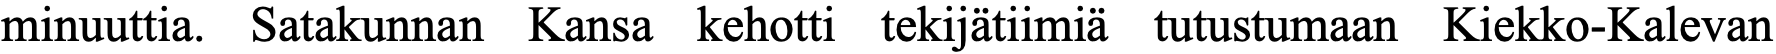
minuuttia. Satakunnan Kansa kehotti tekijätiimiä tutustumaan Kiekko-Kalevan